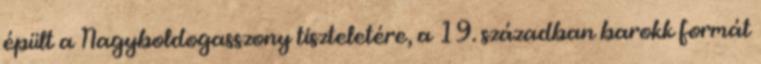
épült a Nagyboldogasszony tiszteletére, a 19. században barokk formát